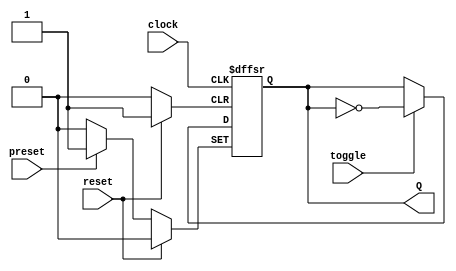
module flip_flop_T(
    input clock,
    input toggle,
    input preset,
    input reset,
    output reg Q
);

always @(posedge clock or posedge preset or posedge reset) begin
    if (reset) begin
        Q <= 0;
    end
    else if (preset) begin
        Q <= 1;
    end
    else if (toggle) begin
        Q <= ~Q;
    end
end

endmodule